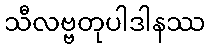
သီလဗ္ဗတုပါဒါနဿ